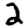
Digit: 2